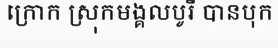
ក្រោក ស្រុកមង្គលបូរី បានបុក